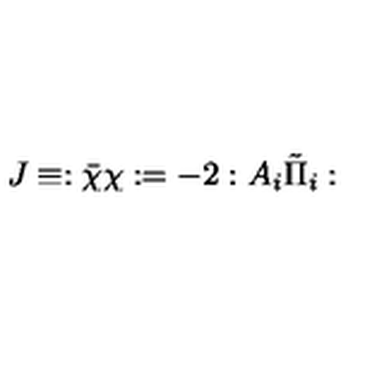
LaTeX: J \equiv : \bar { \chi } \chi : = - 2 : A _ { i } \tilde { \Pi } _ { i } :